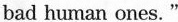
bad human ones."